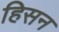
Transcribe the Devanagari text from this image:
हिसन